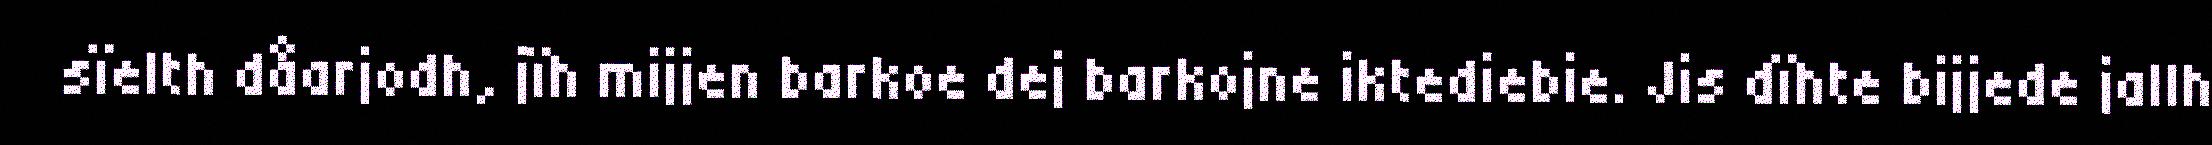
sïelth dåarjodh, jïh mijjen barkoe dej barkojne iktediebie. Jis dïhte bijjede jallh